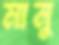
মানু